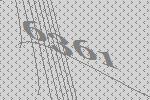
6361